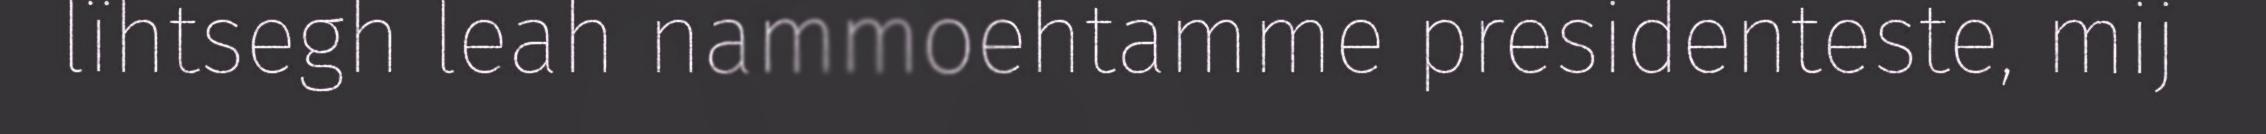
lïhtsegh leah nammoehtamme presidenteste, mij